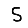
Digit: 5